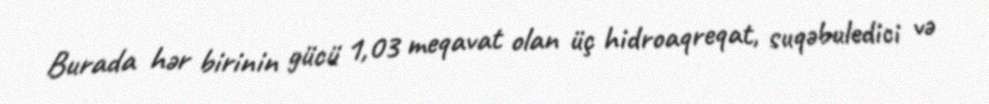
Burada hər birinin gücü 1,03 meqavat olan üç hidroaqreqat, suqəbuledici və